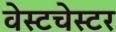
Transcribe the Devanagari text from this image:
वेस्‍टचेस्‍टर